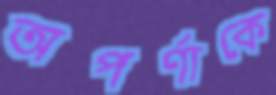
অপর্ণাকে